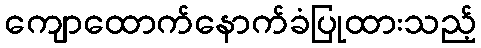
ကျောထောက်နောက်ခံပြုထားသည့်